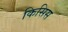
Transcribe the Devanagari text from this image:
किसिस